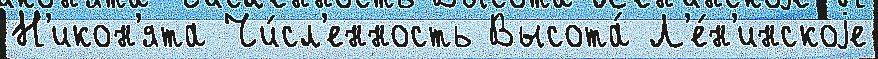
Н'икон'ята Чи́сл'енность Высота́ Л'е́н'инскоjе